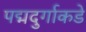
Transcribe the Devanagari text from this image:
पद्मदुर्गाकडे